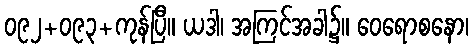
၀၉၂+၀၉၃+ကုန်ပြီ။ ယဒါ၊ အကြင်အခါ၌။ ဝေရောစနော၊